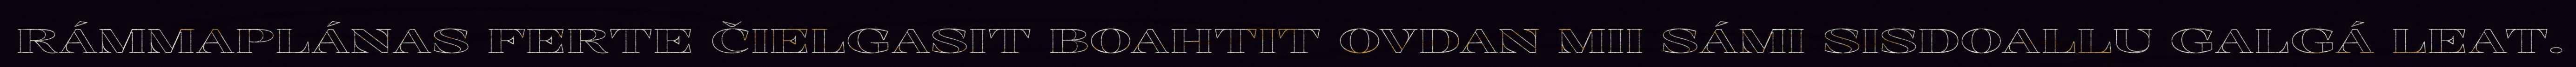
RÁMMAPLÁNAS FERTE ČIELGASIT BOAHTIT OVDAN MII SÁMI SISDOALLU GALGÁ LEAT.